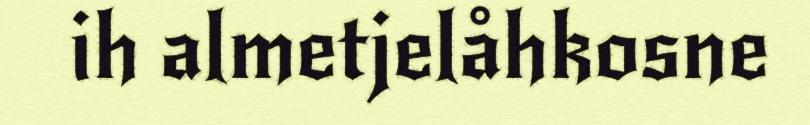
ih almetjelåhkosne